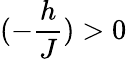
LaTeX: (-\frac{h}{J})>0